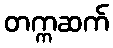
တက္ကဆက်